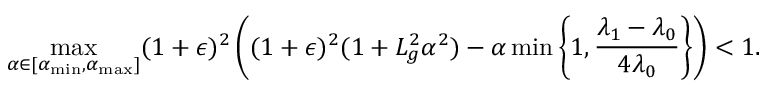
\operatorname* { m a x } _ { \alpha \in [ \alpha _ { \operatorname* { m i n } } , \alpha _ { \operatorname* { m a x } } ] } ( 1 + \epsilon ) ^ { 2 } \left( ( 1 + \epsilon ) ^ { 2 } ( 1 + L _ { g } ^ { 2 } \alpha ^ { 2 } ) - \alpha \operatorname* { m i n } \left\{ 1 , \frac { \lambda _ { 1 } - \lambda _ { 0 } } { 4 \lambda _ { 0 } } \right\} \right) < 1 .